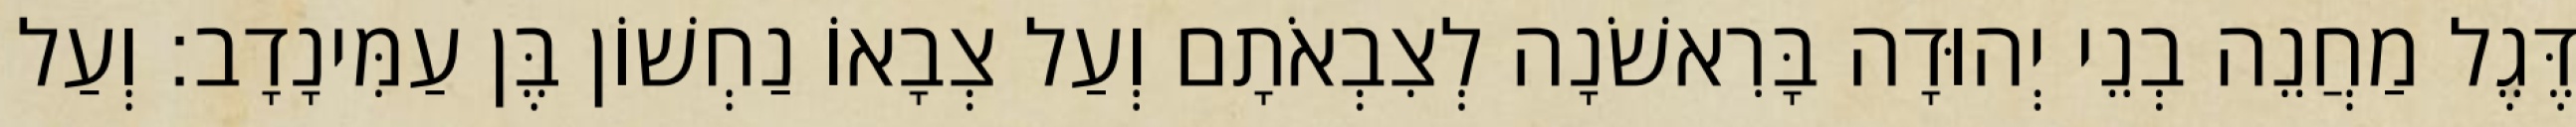
דֶּגֶל מַחֲנֵה בְנֵי יְהוּדָה בָּרִאשֹׁנָה לְצִבְאֹתָם וְעַל צְבָאוֹ נַחְשׁוֹן בֶּן עַמִּינָדָב׃ וְעַל